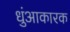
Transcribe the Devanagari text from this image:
धुंआकारक